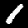
Label: 1